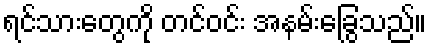
ရင်သားတွေကို တင်ဝင်း အနမ်းခြွေသည်။